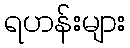
ရဟန်းများ